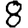
Digit: 8